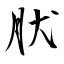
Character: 肰